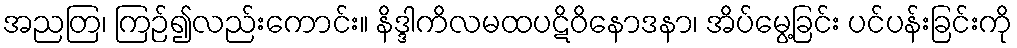
အညတြ၊ ကြဉ်၍လည်းကောင်း။ နိဒ္ဒါကိလမထပဋိဝိနောဒနာ၊ အိပ်မွေ့ခြင်း ပင်ပန်းခြင်းကို